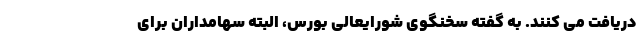
دریافت می کنند. به گفته سخنگوی شورایعالی بورس، البته سهامداران برای